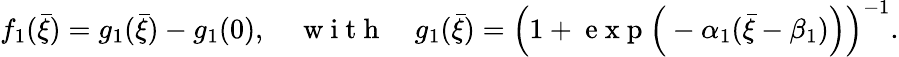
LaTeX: f_{1}(\bar{\xi})=g_{1}(\bar{\xi})-g_{1}(0),\quad\mathrm{~w~i~t~h~}\quad g_{1}(\bar{\xi})=\left(1+\mathrm{~e~x~p~}\Big(-\alpha_{1}(\bar{\xi}-\beta_{1})\Big)\right)^{-1}.